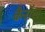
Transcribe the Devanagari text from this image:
कैरॉल